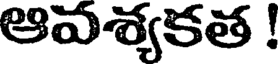
ఆవశ్యకత !